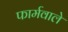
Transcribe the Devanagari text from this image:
फार्मवाले